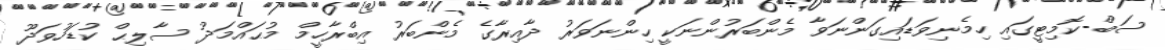
ސަބް-ކޮމިޓީގައި ހިމެނިވަޑައިގަންނަވާ މެންބަރުންނަކީ ހިންނަވަރު ދާއިރާގެ މެންބަރު އިބްރާހީމް މުޙައްމަދު ސާލިޙް ކުޑަހުވަދޫ